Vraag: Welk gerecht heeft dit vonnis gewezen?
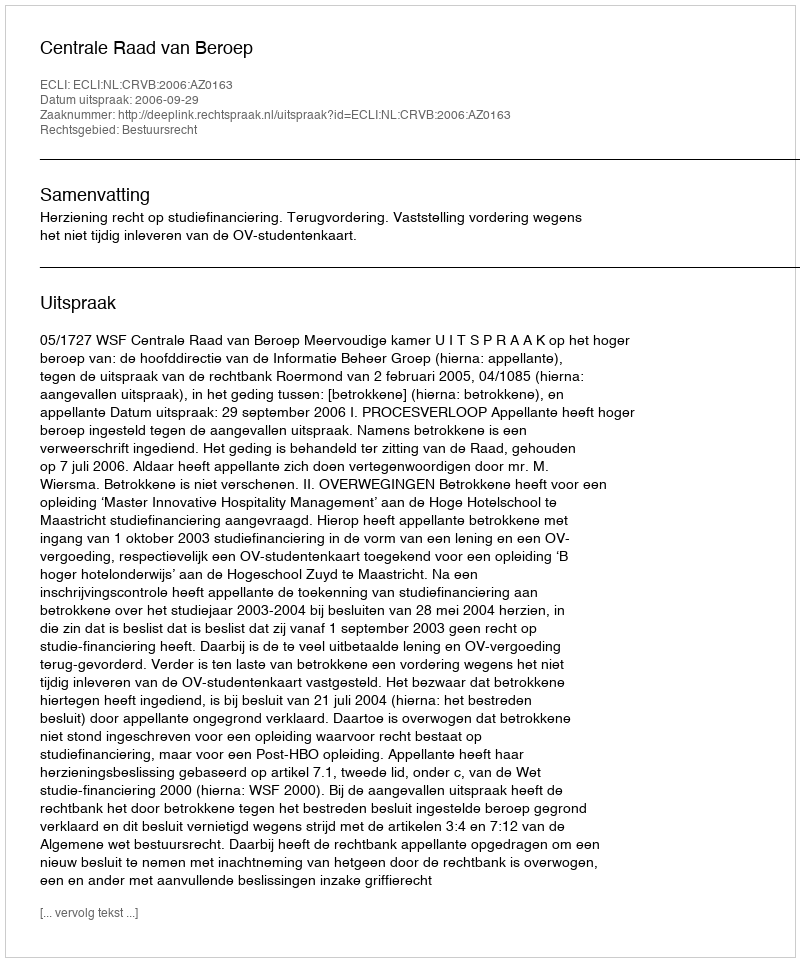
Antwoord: Centrale Raad van Beroep